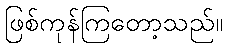
ဖြစ်ကုန်ကြတော့သည်။